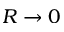
R \to 0